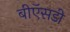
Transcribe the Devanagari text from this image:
बीऍसडी